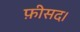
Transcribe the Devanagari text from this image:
फ़ीसद।